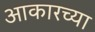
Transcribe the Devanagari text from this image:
आकारच्या